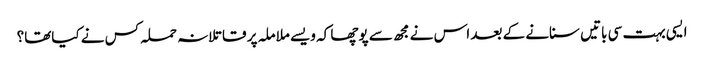
ایسی بہت سی باتیں سنانے کے بعد اس نے مجھ سے پوچھا کہ ویسے ملاملہ پر قاتلانہ حملہ کس نے کیاتھا؟